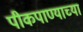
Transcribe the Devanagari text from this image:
पीकपाण्याच्या